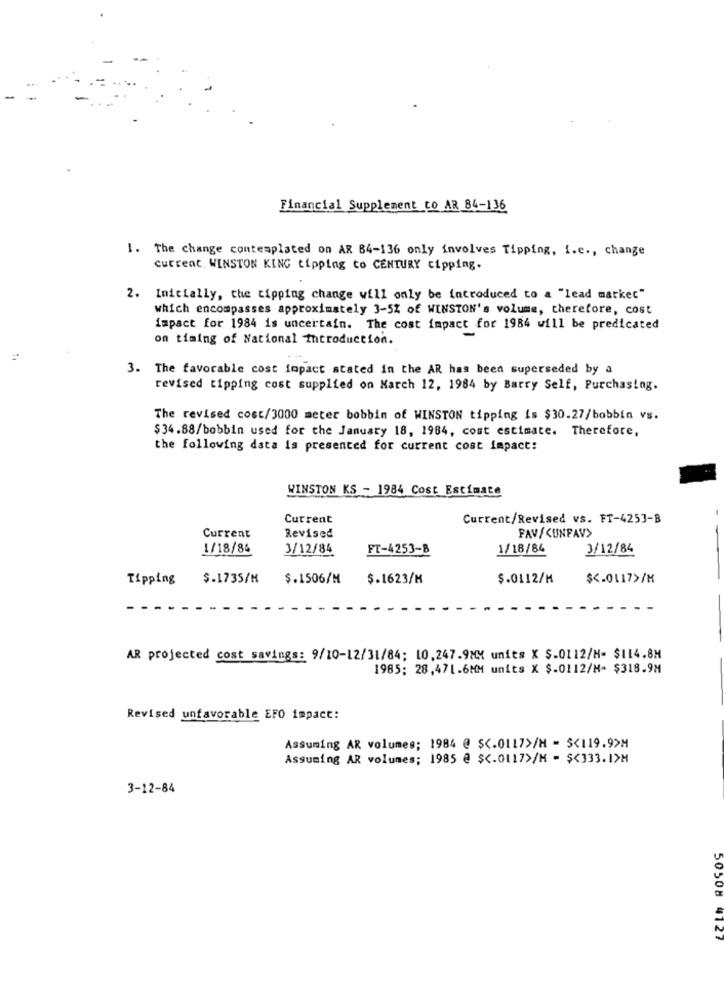
Financial Supplement Co AR 84-136
I. The change contemplated on AR 84-136 only involves Tipping, i.c ., change
current. WINSTON KING tipping to CENTURY cipping.
2. Inicially, che tipping change will only be introduced to a "lead market"
which encompasses approximately 3-5% of WINSTON's volume, therefore, cost
impact for 1984 is uncertain. The cost impact for 1984 will be predicated
on timing of National introduction.
3. The favorable cost impact stated in the AR has been superseded by a
revised tipping cost supplied on March 12, 1984 by Barry Self, Purchasing.
The revised cost/3000 meter bobbin of WINSTON tipping is $30.27/bobbin vs.
$34.88/bobbin used for the January 18, 1984, cost estimate. Therefore,
the following data is presented for current cost impact:
WINSTON KS - 1984 Cost Estimate
Current
Current/Revised vs. FT-4253-B
Current
Revised
FAV/CUNFAV>
1/18/86
3/12/84
FT-4253-B
1/18/84
3/12/84
Tipping
$.1735/M
$.1506/M
$.1623/M
$.0112/M
$ <. 0117>/M
AR projected cost savings: 9/10-12/31/84; 10,247.9MM units X $.0112/H- $114.8M
1985; 28,471.6MM units X $.0112/H= $318.94
Revised unfavorable EFO impact:
Assuming AR volumes; 1984 @ $ <. 0117>/H - $<119.9>M
Assuming AR volumes; 1985 @ $ <. 0117>/M = $<333.I>M
3-12-84
50508 4127